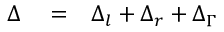
\begin{array} { r l r } { \Delta } & { { } = } & { \Delta _ { l } + \Delta _ { r } + \Delta _ { \Gamma } } \end{array}